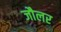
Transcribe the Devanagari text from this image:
जौलर